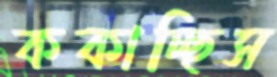
ককাচ্ছিস